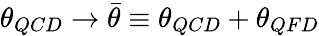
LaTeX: \theta_{QCD}\rightarrow\bar{\theta}\equiv\theta_{QCD}+\theta_{QFD}